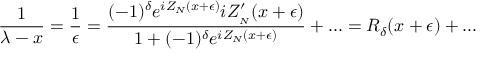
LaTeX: \displaystyle \frac { 1 } { \lambda - x } = \displaystyle \frac { 1 } { \epsilon } = \displaystyle \frac { ( - 1 ) ^ { \delta } e ^ { i Z _ { N } ( x + \epsilon ) } i Z _ { _ { N } } ^ { \prime } ( x + \epsilon ) } { 1 + ( - 1 ) ^ { \delta } e ^ { i Z _ { N } ( x + \epsilon ) } } + . . . = { \cal R } _ { \delta } ( x + \epsilon ) + . . .